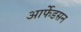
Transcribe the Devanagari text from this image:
आर्फेडसन